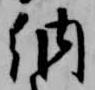
納